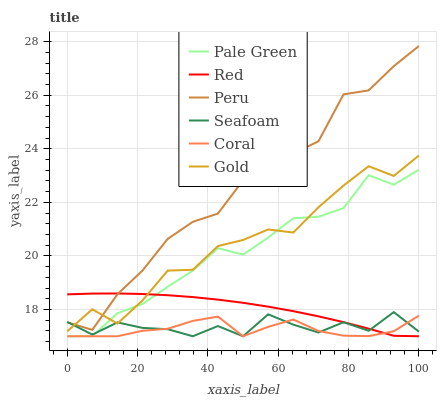
| xaxis_label | Pale Green | Red | Peru | Seafoam | Coral | Gold |
 | --- | --- | --- | --- | --- | --- | --- |
 | 0 | 17 | 18.6 | 17.5 | 17.5 | 17 | 17.2 |
 | 7.14 | 17 | 18.6 | 17.2 | 17.1 | 17 | 18 |
 | 14.3 | 17.9 | 18.6 | 18.6 | 17.5 | 17 | 17.5 |
 | 21.4 | 18.2 | 18.6 | 19.5 | 17.3 | 17.2 | 18.3 |
 | 28.6 | 18.8 | 18.5 | 20.6 | 17.3 | 17.3 | 19.5 |
 | 35.7 | 19.5 | 18.5 | 21.3 | 17 | 17.6 | 19.5 |
 | 42.9 | 20.3 | 18.4 | 21.6 | 17.4 | 17.7 | 20.4 |
 | 50 | 20 | 18.2 | 22.8 | 17 | 17 | 20.6 |
 | 57.1 | 20.7 | 18.1 | 23.3 | 17.8 | 17.4 | 21 |
 | 64.3 | 21.4 | 17.9 | 23.8 | 17.4 | 17.6 | 20.9 |
 | 71.4 | 21.5 | 17.7 | 24.3 | 17.1 | 17.2 | 21.8 |
 | 78.6 | 21.8 | 17.5 | 26 | 17.5 | 17 | 22.6 |
 | 85.7 | 23 | 17.3 | 26.2 | 17.2 | 17 | 23.3 |
 | 92.9 | 22.7 | 17 | 27.1 | 17.9 | 17.2 | 23 |
 | 100 | 23.2 | 17 | 27.8 | 17.2 | 17.8 | 23.7 |